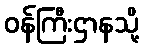
ဝန်ကြီးဌာနသို့